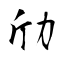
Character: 劤